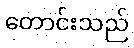
တောင်းသည်